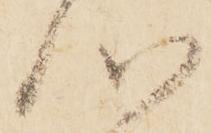
心